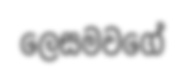
ලෙසමවගේ